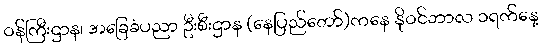
ဝန်ကြီးဌာန၊ အခြေခံပညာ ဦးစီးဌာန (နေပြည်တော်)ကနေ နိုဝင်ဘာလ ၁ရက်နေ့